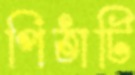
পিঠাটি